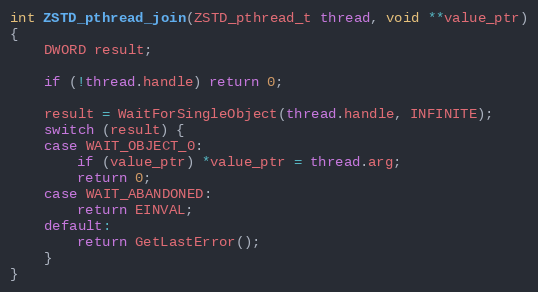
Language: C
int ZSTD_pthread_join(ZSTD_pthread_t thread, void **value_ptr)
{
    DWORD result;

    if (!thread.handle) return 0;

    result = WaitForSingleObject(thread.handle, INFINITE);
    switch (result) {
    case WAIT_OBJECT_0:
        if (value_ptr) *value_ptr = thread.arg;
        return 0;
    case WAIT_ABANDONED:
        return EINVAL;
    default:
        return GetLastError();
    }
}